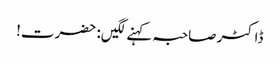
ڈاکٹر صاحبہ کہنے لگیں: حضرت!